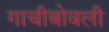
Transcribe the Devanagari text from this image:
गाचीबोवली